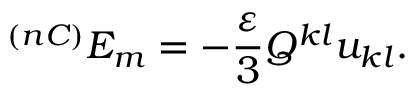
^ { ( n C ) } E _ { m } = - \frac { \varepsilon } 3 Q ^ { k l } u _ { k l } .